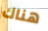
هناك